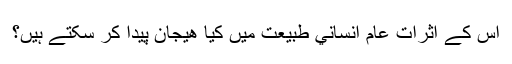
اس کے اثرات عام انساني طبيعت ميں کيا ھيجان پيدا کر سکتے ہيں؟